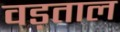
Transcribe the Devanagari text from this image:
वड़ताल